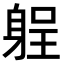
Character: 𨉑